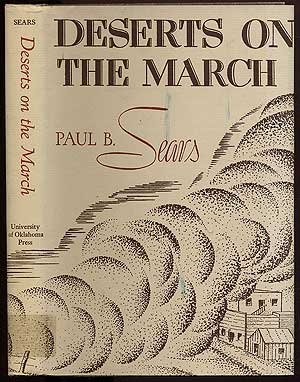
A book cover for Deserts on the March; Paul B. Sears; Law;